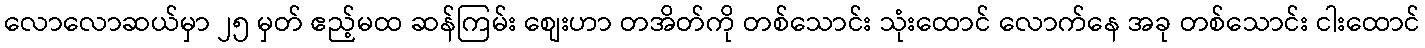
လောလောဆယ်မှာ ၂၅ မှတ် ဧည့်မထ ဆန်ကြမ်း စျေးဟာ တအိတ်ကို တစ်သောင်း သုံးထောင် လောက်နေ အခု တစ်သောင်း ငါးထောင်